Vaccination report Assam 1896-1927 - 1896-1927
Year: 1896
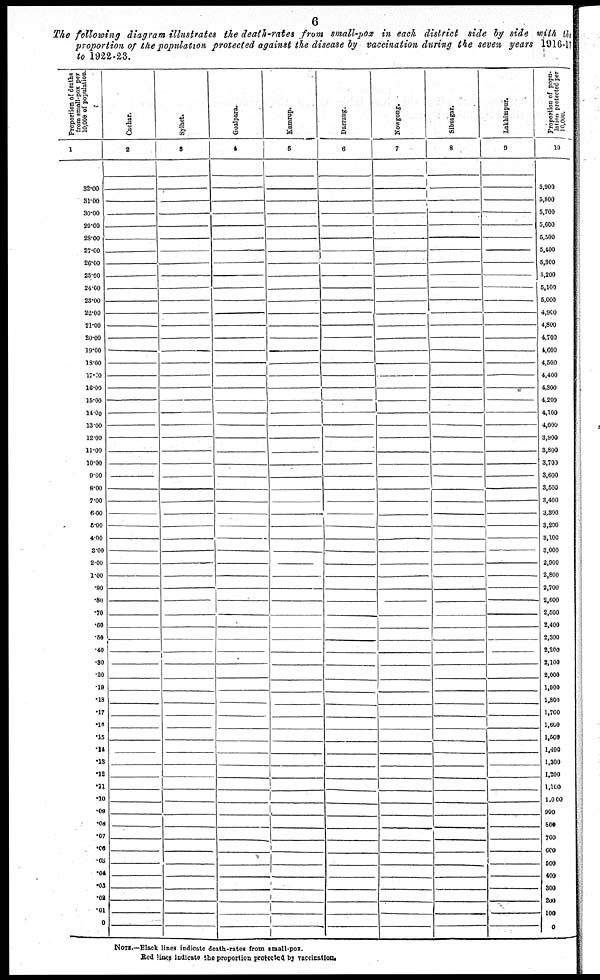
6
The following diagram illustrates the death-rates from small-pox in each district side by side with the
proportion of the population protected against the disease by vaccination during the seven years 1916-17
to 1922-23.
NOTE.—Black lines indicate death-rates from small-pox.
Red lines indicate the proportion protected by vaccination.